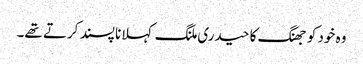
وہ خود کو جھنگ کا حیدری ملنگ کہلانا پسند کرتے تھے۔